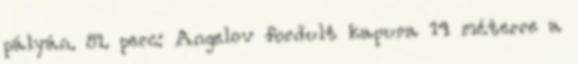
pályán. 81. perc: Angelov fordult kapura 14 méterre a